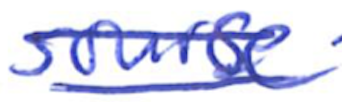
Text: source
Cross-out: double-line
Writing tool: ballpoint